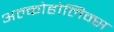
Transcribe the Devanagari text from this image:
अल्कोहोलिक्स